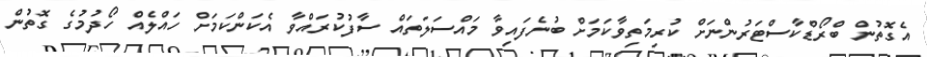
އެގޮތުން ބްރޯޑްކާސްޓަރުންނަށް ކުރިމަތިވާކަމަށް ބުނެފައިވާ މައްސަލަތައް ސާފުކުރައްވާ އެކަންކަމަށް ހައްލެއް ހޯދުމުގެ ގޮތުން